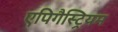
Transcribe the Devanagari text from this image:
एपिगैस्ट्रियम